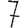
Digit: 7